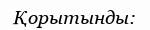
Қорытынды: